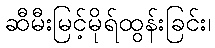
ဆီမီးမြင့်မိုရ်ထွန်းခြင်း၊